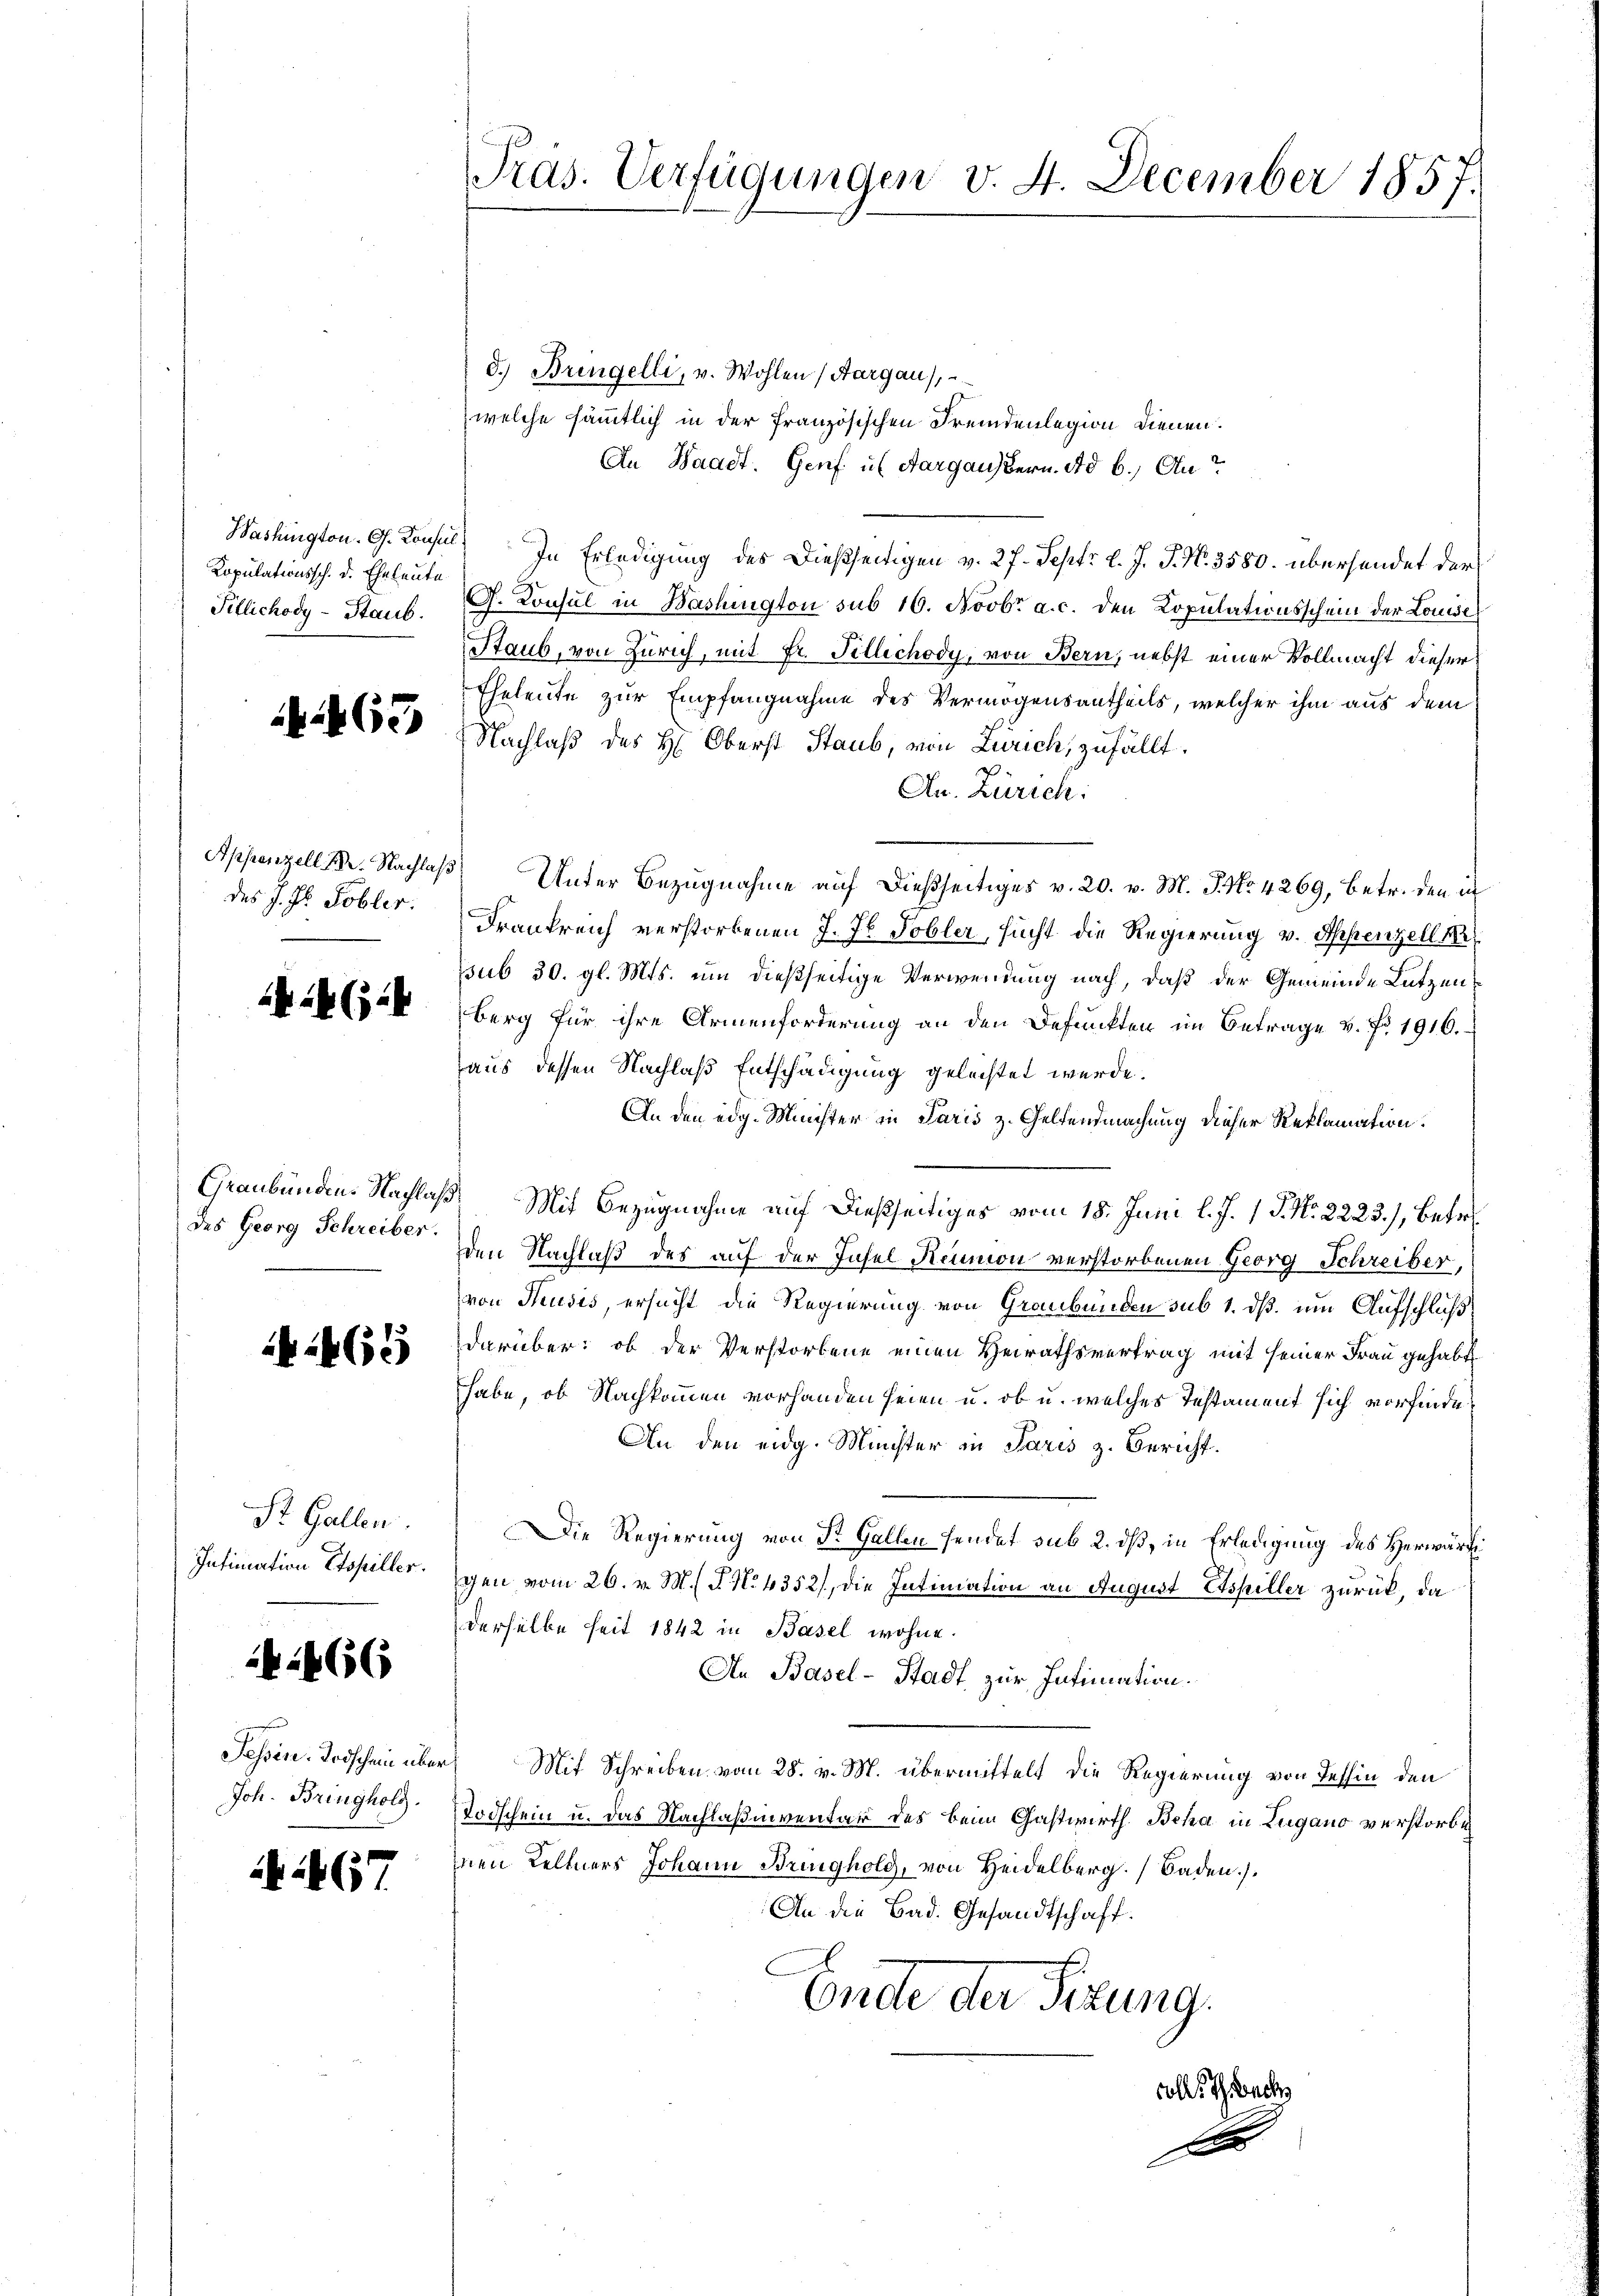
Kopulationssch. d. Eheleute
Tillichody-Staub.

265

des J. H. Pobler.

il (14

des Georg Schreiber.

1465

St. Gallen.
Intimation Espiller.

666

Fessen. Todschein über
Joh. Bringholz.

67

Präs. Verfügungen v. 4. December 1857.

d.) Bringelli, v. Wohlen (Aargau),
welche sämmtlich in der französischen Fremdenlegion dienen.
An Waadt. Genf u. Aarganstern. ad b.) An
Washington. G. Konsul) In Erledigung des Dießseitigen v. 27. Sept. l. J. J. N. 3580. übersendet der
G. Konsul in Washington sub 16. Novbr. a. c. den Kopulationsschein der Louise
Staub, von Zürich, mit Fr. Tillichody, von Bern, nebst einer Vollmacht dieser
Eheleute zur Empfangnahme des Vermögensantheils, welcher ihm aus dem
Nachlaß des H: Oberst Staub, von Zürich, zufällt.
Au. Zürich:
Appenzell. R. Nachlaß Unter Bezugnahme auf dießseitiges v. 20. v. M. J. No. 4269, betr. den in
Frankreich verstorbenen J. J. Tobler, sucht die Regierung v. Appenzell na
sub 30. gl. Mts. um dießseitige Verwendung nach, daß der Gemeinde Lutzenberg für ihre Armenforderung an den Befunkten im Betrage v. fr. 1916.
aus dessen Nachlaß Entschädigung geleistet werde.
An den edg. Minister in Paris z. Geltendmachung dieser Reklamation.
Graubünden. Nachlaß. Mit Bezugnahme auf dießseitiges vom 18. Juni l. J. 1. J. No. 2223.), Betr
den Nachlaß des auf der Insel Reumon verstorbenen Georg Schreiber,
von Heusis, ersucht die Regierung von Graubünden sub 1. ds. um Aufschluß
darüber: ob der Verstorbene einen Heirathsvertrag mit seiner Frau gehabt
habe, ob Nachkommen vorhanden seien u. ob u. welches Testament sich vorfinde
An den eidg. Münchter in Paris z. Bericht.
Die Regierung von St. Gallen sendet sub 2. dß, in Erledigung des Herwärtigen vom 26. v. M. R. N. 4352), die Intimation an August Espiller zurück, da
derselbe seit 1842 in Basel wohne.
An Basel-Stadt zur Intimation.
 Mit Schreiben vom 28. v. M. übermittelt die Regierung von Tessin den
Todschein u. das Nachlaßenventar des beim Gastwirth Beha in Lugano verstorbe
inen Kellners Johann Bringhold, von Heidelberg. Baden).
An die Bad. Gesandtschaft.
Grede der Sitzung.
volle Gesuch